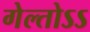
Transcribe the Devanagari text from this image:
गेल्तोऽऽ